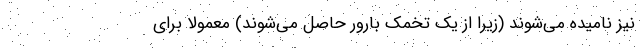
نیز نامیده می‌شوند (زیرا از یک تخمک بارور حاصل می‌شوند) معمولا برای